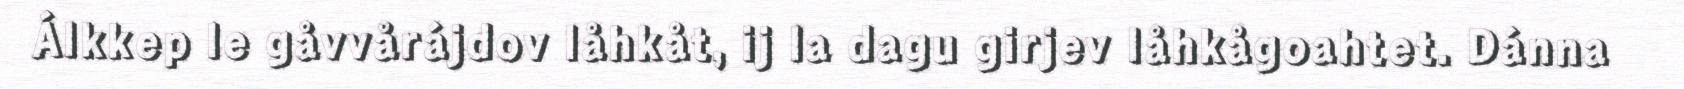
Álkkep le gåvvårájdov låhkåt, ij la dagu girjev låhkågoahtet. Dánna